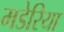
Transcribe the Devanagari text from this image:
मडेरिया